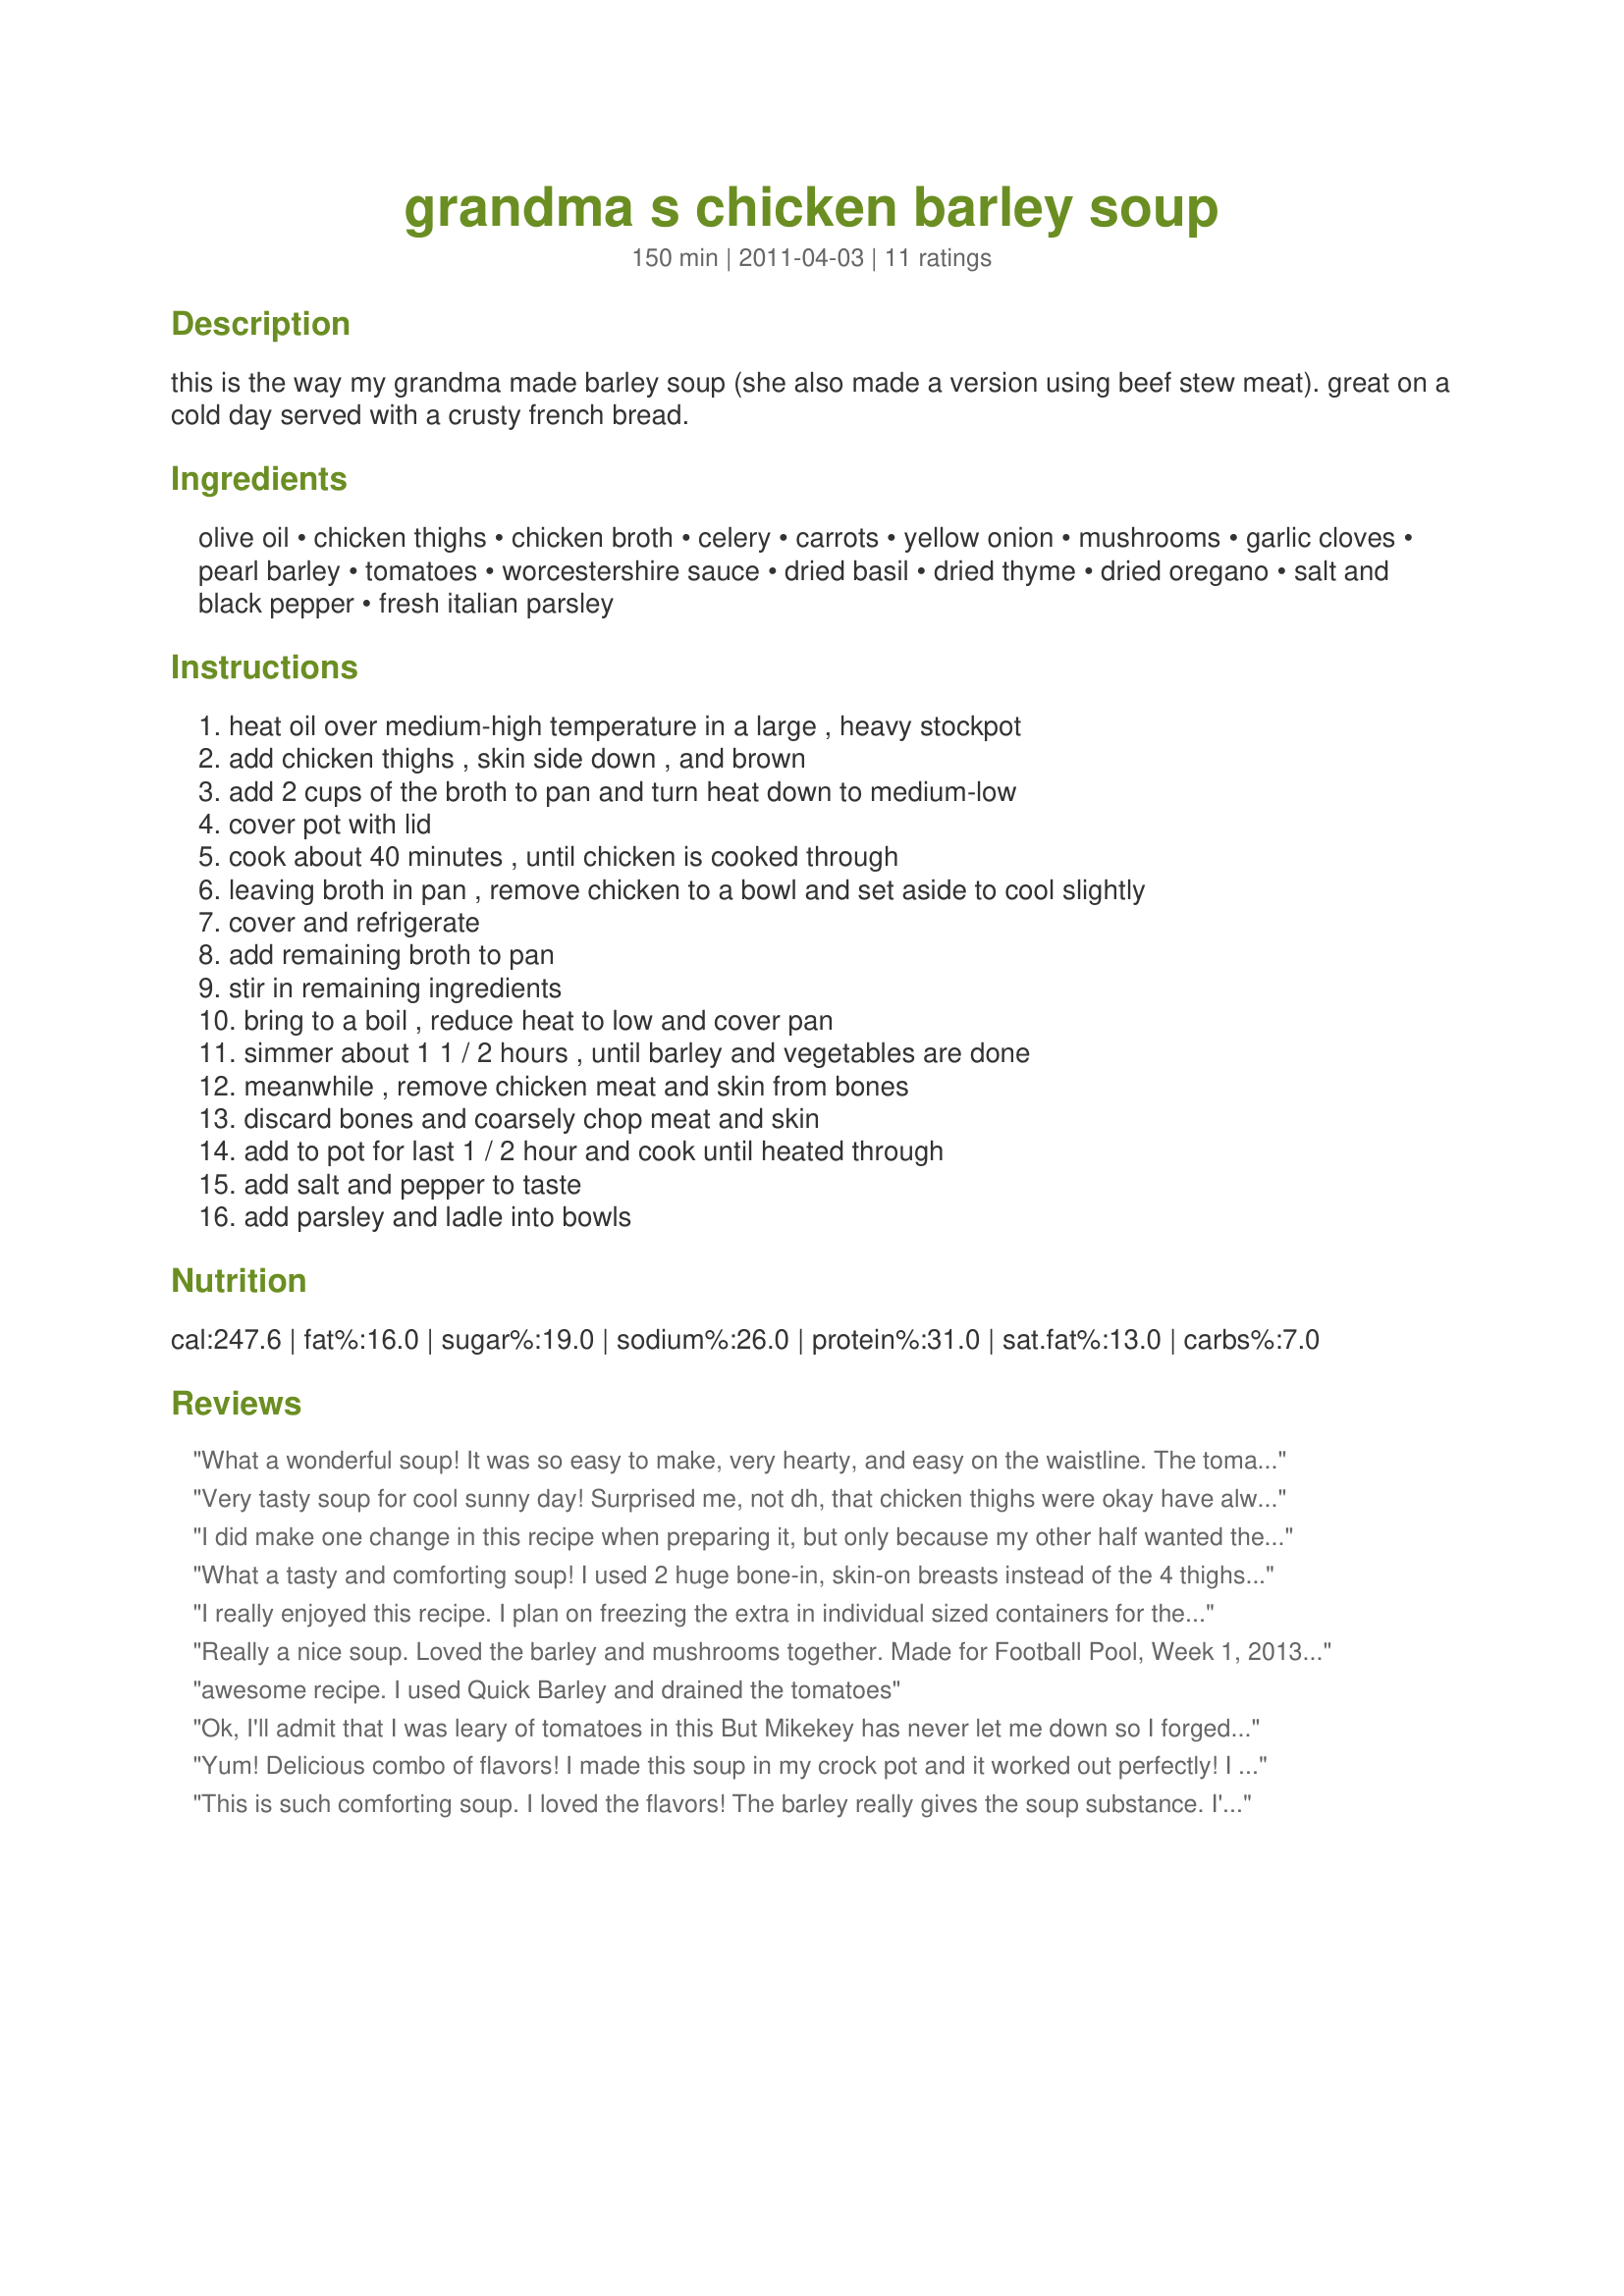
grandma s chicken barley soup
Preparation time: 150 minutes

this is the way my grandma made barley soup (she also made a version using beef stew meat). great on a cold day served with a crusty french bread.

Ingredients:
olive oil, chicken thighs, chicken broth, celery, carrots, yellow onion, mushrooms, garlic cloves, pearl barley, tomatoes, worcestershire sauce, dried basil, dried thyme, dried oregano, salt and black pepper, fresh italian parsley

Steps:
heat oil over medium-high temperature in a large , heavy stockpot, add chicken thighs , skin side down , and brown, add 2 cups of the broth to pan and turn heat down to medium-low, cover pot with lid, cook about 40 minutes , until chicken is cooked through, leaving broth in pan , remove chicken to a bowl and set aside to cool slightly, cover and refrigerate, add remaining broth to pan, stir in remaining ingredients, bring to a boil , reduce heat to low and cover pan, simmer about 1 1 / 2 hours , until barley and vegetables are done, meanwhile , remove chicken meat and skin from bones, discard bones and coarsely chop meat and skin, add to pot for last 1 / 2 hour and cook until heated through, add salt and pepper to taste, add parsley and ladle into bowls

Reviews:
What a wonderful soup! It was so easy to make, very hearty, and easy on the waistline. The tomato really added some richness to the broth that typical chicken soups don't have. We served with some cheese bread for a full meal. I can't wait to have the leftovers later!
Very tasty soup for cool sunny day! Surprised me, not dh, that chicken thighs were okay have always hung back from them. Economical too. Don&#039;t know much about barley, bought quick but next time will buy medium, as the quick barley disintegrated into broth. Thanks for sharing.
I did make one change in this recipe when preparing it, but only because my other half wanted the mushrooms, & I'll only eat those buggers if they aren't cooked to death! So I prepared the mushrooms separately, sauteing only until slightly tender before adding them at the last minute & serving the soup! Worked for me, & we absolutely loved this generations-old comfort food! Thanks for sharing this great keeper! [Tagged & made in Please Review My Recipe]!
What a tasty and comforting soup! I used 2 huge bone-in, skin-on breasts instead of the 4 thighs, otherwise made just as directed. I really liked the richness the tomatoes added to the broth; mushrooms were an unusual addition to this kind of soup but I really liked them too. Thanks for sharing Grandma's recipe!
I really enjoyed this recipe. I plan on freezing the extra in individual sized containers for the a quick dinner another night. I did find it to be to thick so I added 3 cups of water and 8oz extra of chicken broth. Also I used fresh basil from my garden and only used 3 medium carrots. I used baby bella mushrooms and they were great! Wonderful recipe. Love the barley and mushroom combination.
Really a nice soup. Loved the barley and mushrooms together. Made for Football Pool, Week 1, 2013 Season.
awesome recipe. I used Quick Barley and drained the tomatoes
Ok, I'll admit that I was leary of tomatoes in this But Mikekey has never let me down so I forged ahead....it's delicious. I only had whole roasting chickens or chicken breasts in the freezer so breasts ir was (cubed, because I'm basicly lazy). This turned out to be a grand tasting, tummy filling and soul comforting dinner with biscuits on the side. Thanks for sharing this one Mike :D
Yum! Delicious combo of flavors! I made this soup in my crock pot and it worked out perfectly! I used two bonein chicken thighs, and the only other change I made was I diced up a fresh tomato. I cooked it for 6 hours, then removed the skin, bones and cartilage of the chicken thighs and cooked the veggies for two more hours. Then I dumped the meat back in just before serving so it wasn&#039;t over cooked. Amazingly delicious and true comfort food. Considering today was the first day of Spring, it was very cold outside. Tomorrow they are calling for snow and this soup will be perfect for lunch. We had it for dinner tonight along with grilled cheese sandwiches. Made for Spring 2013 PAC.
This is such comforting soup. I loved the flavors! The barley really gives the soup substance. I'm tucking this into my best-of-the-best file. We loved it. Thanks! Made for Football Pool in the Cooking Tag Games forum.
This was delicious. Definitely a keeper.

Just a note, I used mushroom broth cause it&#039;s what I had on hand and it was awesome.
